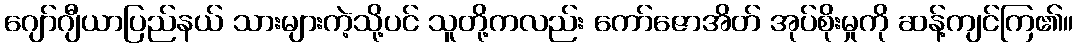
ဂျော်ဂျီယာပြည်နယ် သားများကဲ့သို့ပင် သူတို့ကလည်း ကော်ဇောအိတ် အုပ်စိုးမှုကို ဆန့်ကျင်ကြ၏။